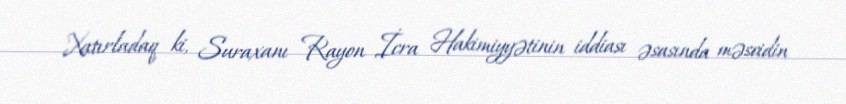
Xatırladaq ki, Suraxanı Rayon İcra Hakimiyyətinin iddiası əsasında məscidin